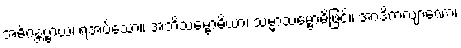
အဓိဂန္တဗ္ဗာယ၊ ရအပ်သော။ အဘိသမ္ဗောဓိယာ၊ သမ္မာသမ္ဗောဓိဖြင့်။ အာဒိကလျာဏော၊